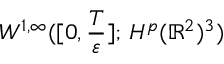
W ^ { 1 , \infty } ( [ 0 , \frac { T } { \varepsilon } ] ; \, H ^ { p } ( \mathbb { R } ^ { 2 } ) ^ { 3 } )